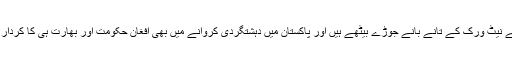
اور وہ اس مقصد کے حصول کی خاطر بھارت کی مدد سے دہشتگردی کے نیٹ ورک کے تانے بانے جوڑے بیٹھے ہیں اور پاکستان میں دہشتگردی کروانے میں بھی افغان حکومت اور بھارت ہی کا کردار ہے کیونکی اس میں بھارت کا مفاد بھی ہے اور پاکستان کی بدنامی بھی ۔